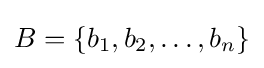
B=\{b_{1},b_{2},\ldots ,b_{n}\}